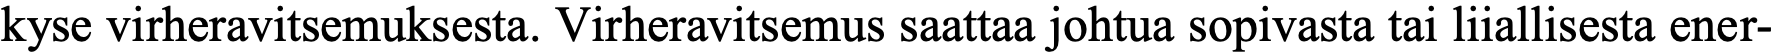
kyse virheravitsemuksesta. Virheravitsemus saattaa johtua sopivasta tai liiallisesta ener-